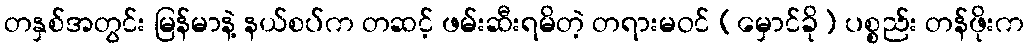
တနှစ်အတွင်း မြန်မာနဲ့ နယ်စပ်က တဆင့် ဖမ်းဆီးရမိတဲ့ တရားမဝင် (မှောင်ခို) ပစ္စည်း တန်ဖိုးက